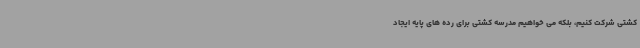
کشتی شرکت کنیم، بلکه می خواهیم مدرسه کشتی برای رده های پایه ایجاد